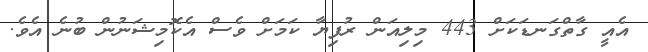
އެއީ ގާތްގަނޑަކަށް 443 މިލިއަން ރުފިޔާ ކަމަށް ވެސް އެކޮމިޝަނުން ބުނެ އެވެ.